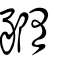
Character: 䝐